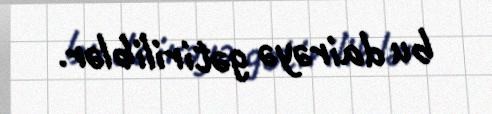
bu dairəyə gətiriliblər.